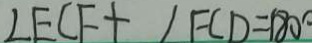
\angle E C F + \angle F C D = 1 8 0 ^ { \circ }